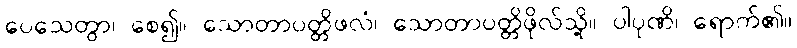
ပေသေတွာ၊ စေ၍။ သောတာပတ္တိဖလံ၊ သောတာပတ္တိဖိုလ်သို့။ ပါပုဏိ၊ ရောက်၏။